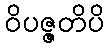
ဝိပဇ္ဇတိပိ